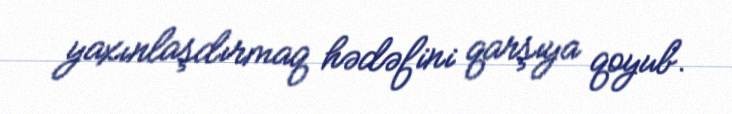
yaxınlaşdırmaq hədəfini qarşıya qoyub.